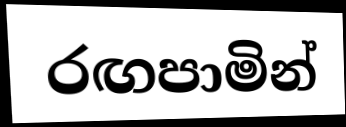
රඟපාමින්